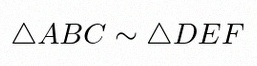
\triangle ABC\sim\triangle DEF